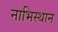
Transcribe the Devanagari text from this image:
नाभिस्थान